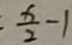
\frac { x } { 2 } - 1